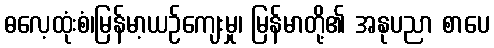
ဓလေ့ထုံးစံ၊မြန်မာ့ယဉ်ကျေးမှု၊ မြန်မာတို့၏ အနုပညာ စာပေ